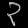
Digit: ၃